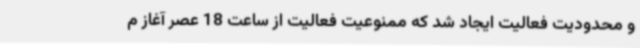
و محدودیت فعالیت ایجاد شد که ممنوعیت فعالیت از ساعت 18 عصر آغاز م